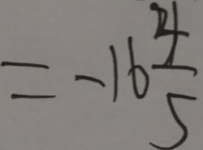
= - 1 6 \frac { 4 } { 5 }